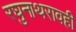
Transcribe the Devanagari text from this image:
रघुनाथरावही